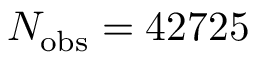
N _ { \mathrm { o b s } } = 4 2 7 2 5